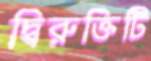
দ্বিরুক্তিটি